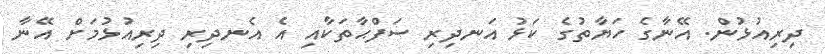
ދިރިއުޅުން. އޭނާގެ ހަޔާތުގެ ކަޅު އަނދިރި ސަފްޙާތަކާއި އެ އެނދިރި ދިރިއުޅުމަށް އޭނާ